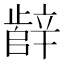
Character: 辪